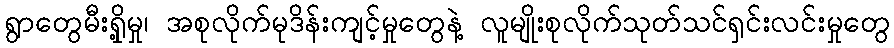
ရွာတွေမီးရှို့မှု၊ အစုလိုက်မုဒိန်းကျင့်မှုတွေနဲ့ လူမျိုးစုလိုက်သုတ်သင်ရှင်းလင်းမှုတွေ